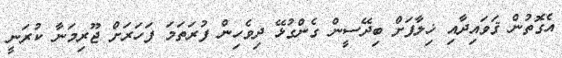
އެގޮތުން ޤަވައިދާއި ޚިލާފަށް ބިދޭސީން ގެންގުޅޭ ދިވެހިން ފުރަތަމަ ފަހަރަށް ޖޫރިމަނާ ކުރަނީ